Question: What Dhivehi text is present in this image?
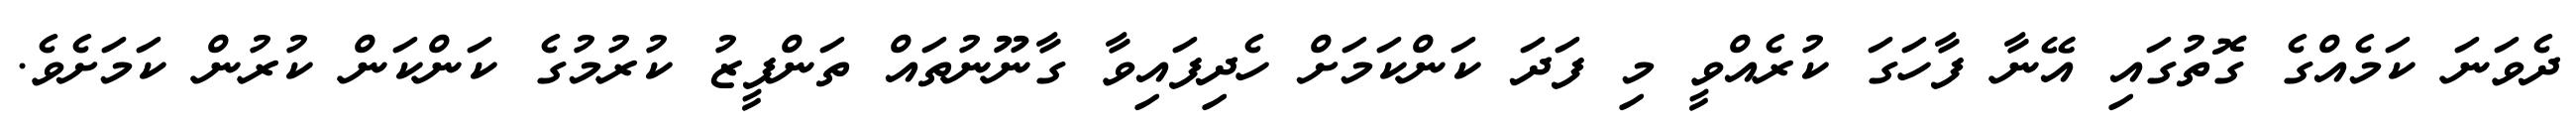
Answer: ދެވަނަ ކަމެއްގެ ގޮތުގައި އޭނާ ފާހަގަ ކުރެއްވީ މި ފަދަ ކަންކަމަށް ހެދިފައިވާ ގާނޫނުތައް ތަންފީޒު ކުރުމުގެ ކަންކަން ކުރުން ކަމަށެވެ.